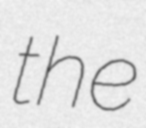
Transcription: the